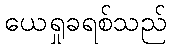
ယေရှုခရစ်သည်